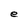
Character: e